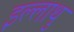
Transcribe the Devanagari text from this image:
इल्लाथु